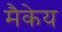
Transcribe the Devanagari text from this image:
मैकेय